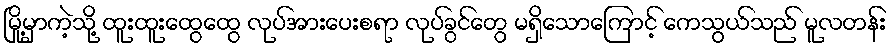
မြို့မှာကဲ့သို့ ထူးထူးထွေထွေ လုပ်အားပေးစရာ လုပ်ခွင်တွေ မရှိသောကြောင့် ကေသွယ်သည် မူလတန်း